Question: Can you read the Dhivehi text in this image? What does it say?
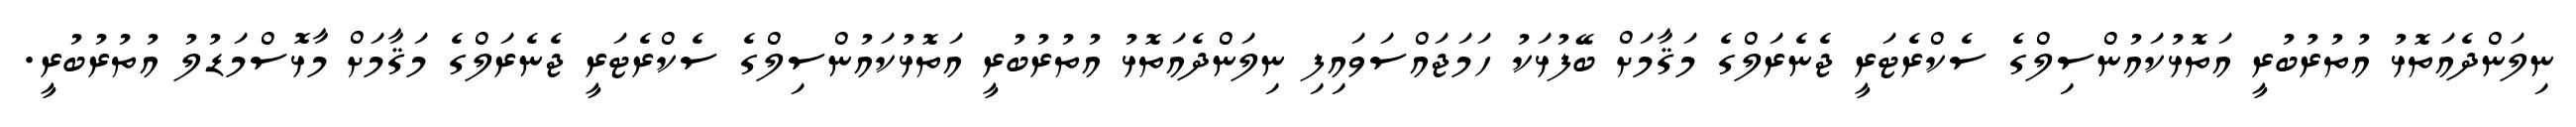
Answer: ނިލަންދެއަތޮޅު އުތުރުބުރީ އަތޮޅުކައުންސިލްގެ ސެކްރެޓަރީ ޖެނެރަލްގެ މަޤާމަށް ބޭފުޅަކު ހަމަޖައްސަވައިފި ނިލަންދެއަތޮޅު އުތުރުބުރީ އަތޮޅުކައުންސިލްގެ ސެކްރެޓަރީ ޖެނެރަލްގެ މަޤާމަށް މާޅޮސްމަޑުލު އުތުރުބުރީ.